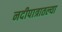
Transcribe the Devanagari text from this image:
नदीपात्रातल्या